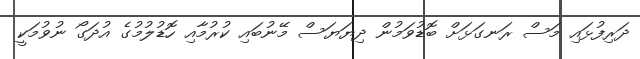
ދަރިފުޅައި މަސް ރަނގަޅަށް ބޮޑުވަމުން ދިޔަޔަސް މޭނުބައި ކުރުމާއި ހޮޑުލުމުގެ އުދަގޯ ނުވުމަކީ